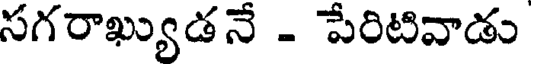
సగరాఖ్యుడనే - పేరిటివాడు